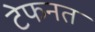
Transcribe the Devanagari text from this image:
टेफनत